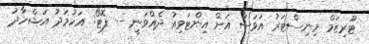
ޓޫރިޒަމް މިނިސްޓަރު އަވަސް އަށް އިންޓަވިއު ދެއްވަނީ -- ފޮޓޯ: އަހުމަދު އަޝްހާދު